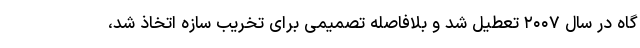
گاه در سال ۲۰۰۷ تعطیل شد و بلافاصله تصمیمی برای تخریب سازه اتخاذ شد،